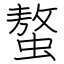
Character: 螯